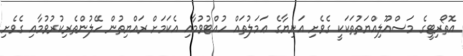
އޮތޯރިޓީގެ މަސްއޫލިއްޔަތުތަކަކީ ގެވެށި އަނިޔާގެ ޢަމަލުތައް ހުއްޓުވުމާއި އެކަމަށް ރައްޔިތުން ހޭލުންތެރިކުރުވުމާއި ގެވެށި